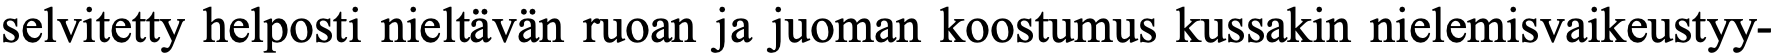
selvitetty helposti nieltävän ruoan ja juoman koostumus kussakin nielemisvaikeustyy-